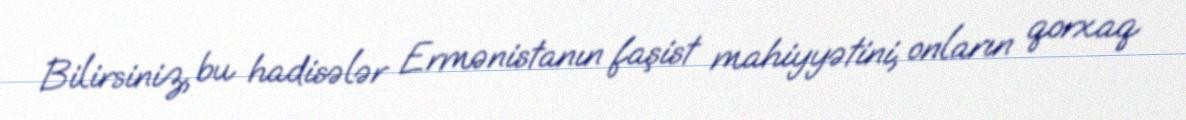
Bilirsiniz, bu hadisələr Ermənistanın faşist mahiyyətini, onların qorxaq